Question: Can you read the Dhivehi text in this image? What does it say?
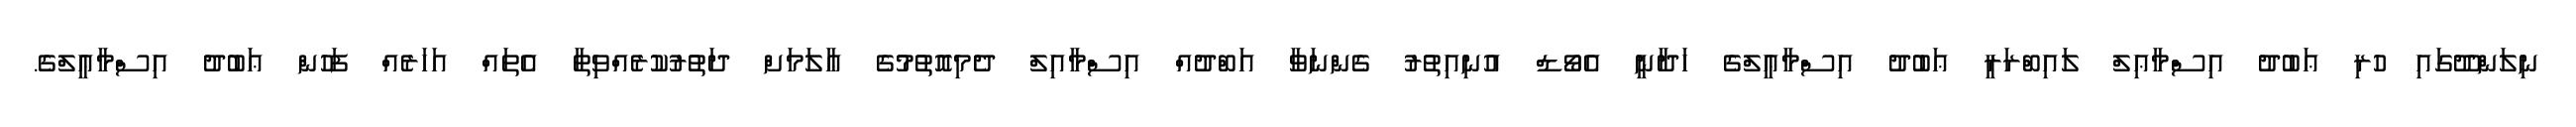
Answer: ނިލަންދޫގައި ހުރި ޢަބުދު އިސްމާޢިލް ލައިބްރަރީ ޢަބުދު އިސްމާޢީލްގެ ހަދާނީ އެވޯޑް އުނިއިތުރު ގެންނަވާ އަބްދުއް އިސްމާއިލް ދެމިއޮތުމުގެ ޢާލަމަށް ދަތުރުކުރެއްވިތާ އެތައް އަހަރެއް ފަހުން ޢަބުދު އިސްމާޢީލްގެ.